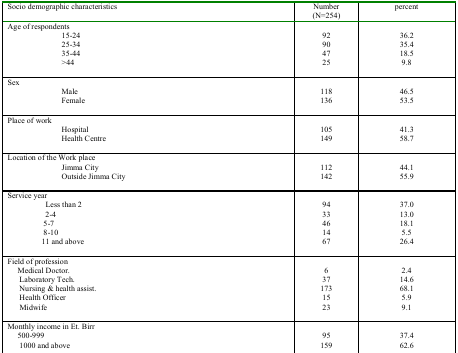
| <COLSPAN=3> Socio demographic characteristics | Number(N=254) | percent |
 | --- | --- | --- | --- | --- |
 | <COLSPAN=3> Age of respondents |  |  |
 |  |  | 15–24 | 92 | 36.2 |
 |  |  | 25–34 | 90 | 35.4 |
 |  |  | 35–44 | 47 | 18.5 |
 |  |  | >44 | 25 | 9.8 |
 | Sex |  |  |  |  |
 |  |  | Male | 118 | 46.5 |
 |  |  | Female | 136 | 53.5 |
 | <COLSPAN=3> Place of work |  |  |
 |  |  | Hospital | 105 | 41.3 |
 |  |  | Health Centre | 149 | 58.7 |
 | <COLSPAN=3> Location of the Work place |  |  |
 |  |  | Jimma City | 112 | 44.1 |
 |  |  | Outside Jimma City | 142 | 55.9 |
 | <COLSPAN=3> Service year |  |  |
 |  | Less than 2 |  | 94 | 37.0 |
 |  | 2–4 |  | 33 | 13.0 |
 |  | 5–7 |  | 46 | 18.1 |
 |  | 8–10 |  | 14 | 5.5 |
 |  | 11 and above |  | 67 | 26.4 |
 | <COLSPAN=3> Field of profession |  |  |
 | <COLSPAN=3> Medical Doctor. | 6 | 2.4 |
 | <COLSPAN=3> Laboratory Tech. | 37 | 14.6 |
 | <COLSPAN=3> Nursing & health assist. | 173 | 68.1 |
 | <COLSPAN=3> Health Officer | 15 | 5.9 |
 | <COLSPAN=3> Midwife | 23 | 9.1 |
 | <COLSPAN=3> Monthly income in Et. Birr |  |  |
 | <COLSPAN=3> 500–999 | 95 | 37.4 |
 | <COLSPAN=3> 1000 and above | 159 | 62.6 |